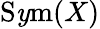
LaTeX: \operatorname{S\mathit{y}m}(X)